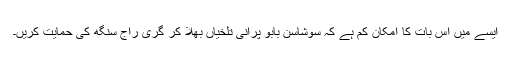
ایسے میں اس بات کا امکان کم ہے کہ سوشاسن بابو پرانی تلخیاں بھلا کر گری راج سنگھ کی حمایت کریں۔